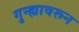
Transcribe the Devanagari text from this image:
गुन्ह्यावरून